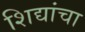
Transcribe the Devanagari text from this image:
शिद्यांचा